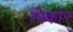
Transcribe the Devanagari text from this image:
निकोर